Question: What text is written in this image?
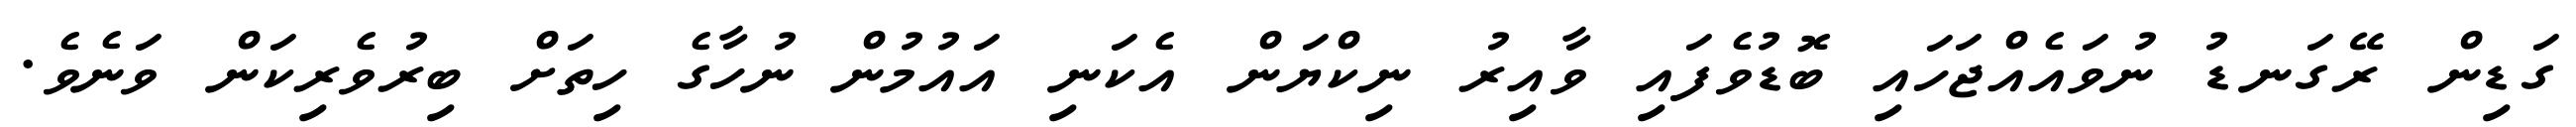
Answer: ގަޑިން ރޭގަނޑު ނުވައެއްޖަހައި ބޮޑުވެފައި ވާއިރު ނިކްޔަން އެކަނި އައުމުން ނުހާގެ ހިތަށް ބިރުވެރިކަން ވަނެވެ.